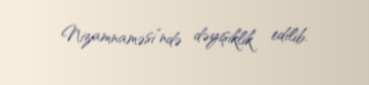
Nizamnaməsi”ndə dəyişiklik edilib.